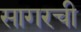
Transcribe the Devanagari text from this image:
सागरची